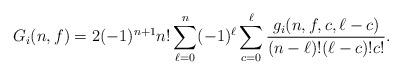
LaTeX: \begin{align*} G_i(n,f)=2(-1)^{n+1} n!\sum_{\ell=0}^n (-1)^{\ell} \sum_{c=0}^{\ell} \frac{g_i(n,f,c,\ell-c)}{(n-\ell)!(\ell-c)!c!}.\end{align*}